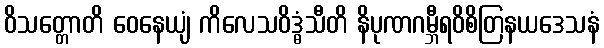
ဝိသတ္တောတိ ဝေနေယျံ ကိလေသဝိဒ္ဓံသီတိ နိပုဏဂမ္ဘီရဝိစိတြနယဒေသနံ